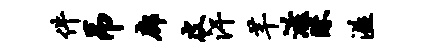
件吊廊皮汗芊滋昧溢